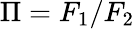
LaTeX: \Pi=F_{1}/F_{2}